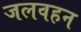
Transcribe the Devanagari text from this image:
जलवहन